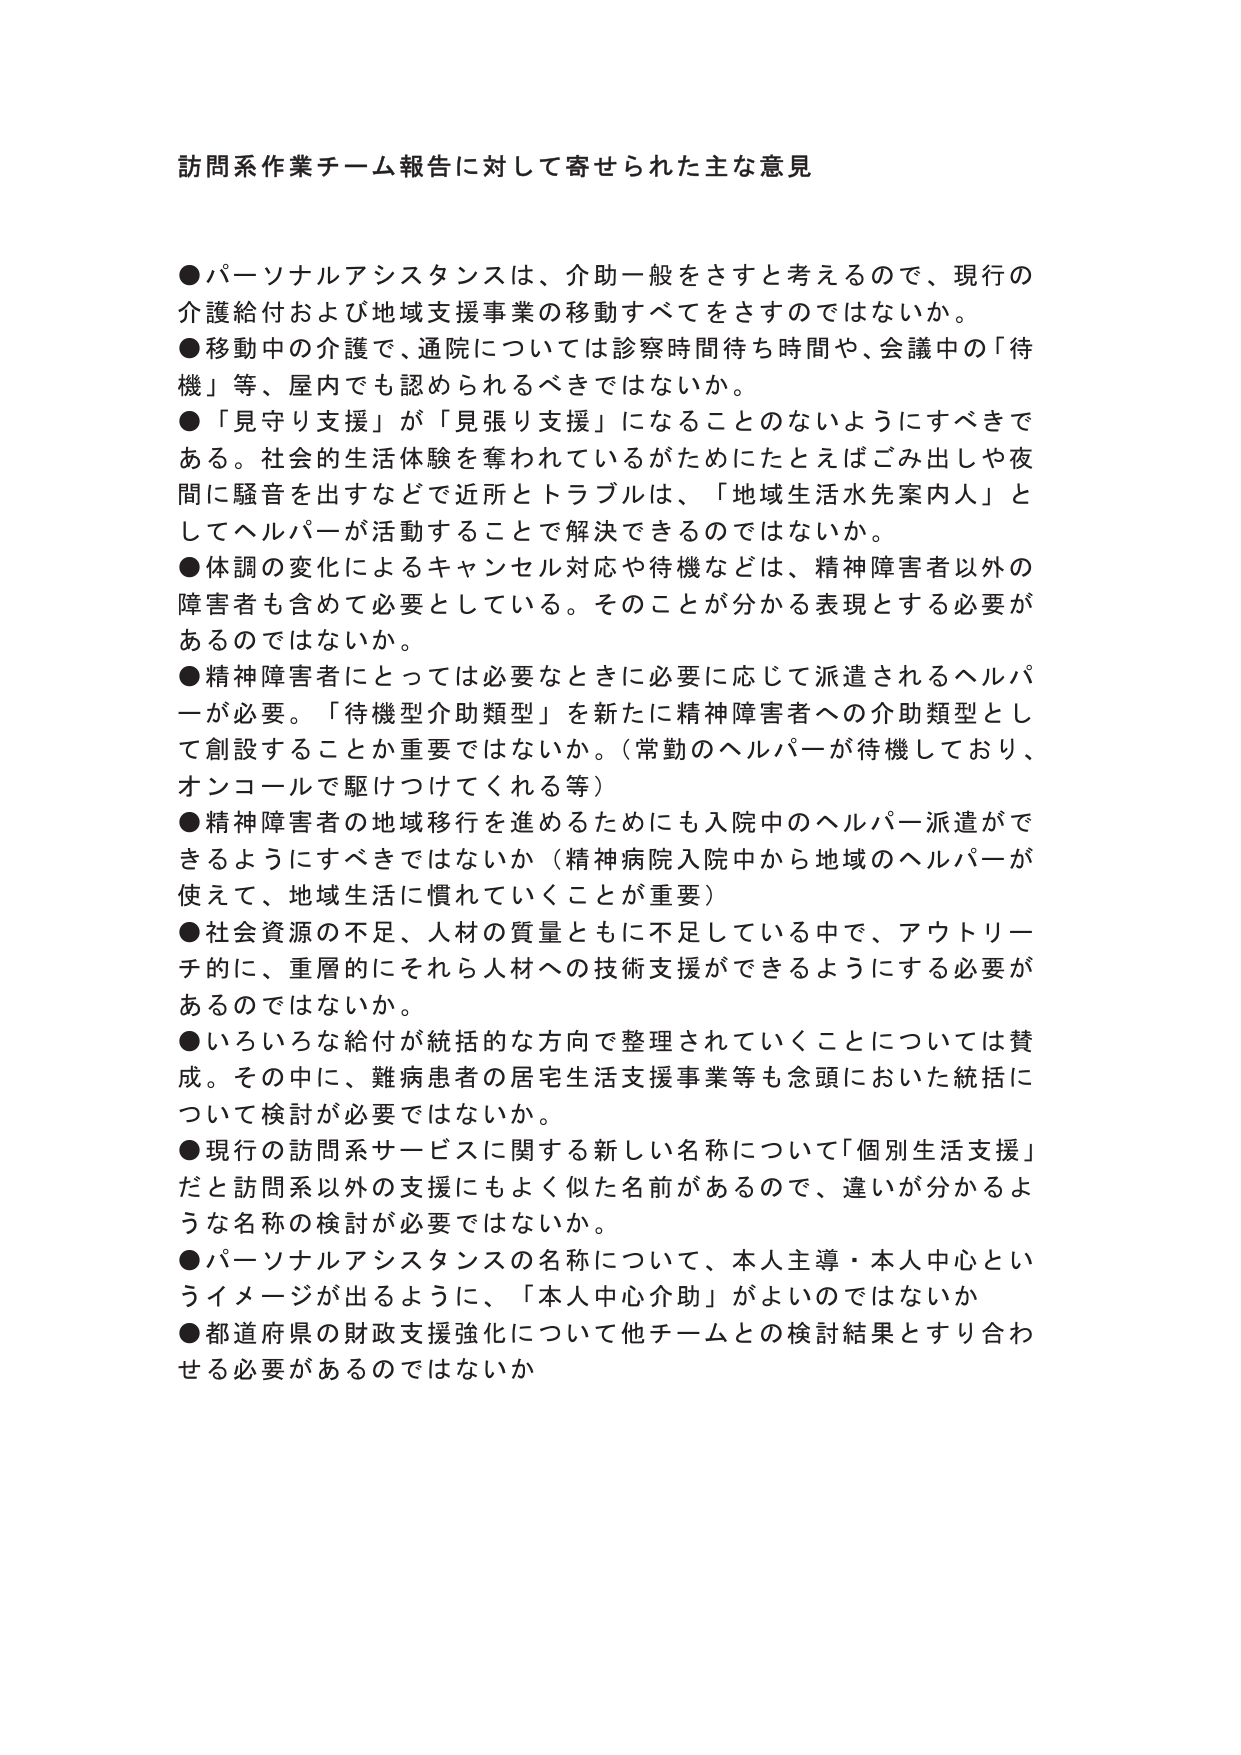
訪問系作業チーム報告に対して寄せられた主な意見

●パーソナルアシスタンスは、介助一般をさすと考えるので、現行の介護給付および地域支援事業の移動すべてをさすのではないか。
●移動中の介護で、通院については診察時間待ち時間や、会議中の「待機」等、屋内でも認められるべきではないか。
●「見守り支援」が「見張り支援」になることのないようにすべきである。社会的生活体験を奪われているがためにたとえばごみ出しや夜間に騒音を出すなどで近所とトラブルは、「地域生活水先案内人」としてヘルパーが活動することで解決できるのではないか。
●体調の変化によるキャンセル対応や待機などは、精神障害者以外の障害者も含めて必要としている。そのことが分かる表現とする必要があるのではないか。
●精神障害者にとっては必要なときに必要に応じて派遣されるヘルパーが必要。「待機型介助類型」を新たに精神障害者への介助類型として創設することか重要ではないか。（常勤のヘルパーが待機しており、オンコールで駆けつけてくれる等）
●精神障害者の地域移行を進めるためにも入院中のヘルパー派遣ができるようにすべきではないか（精神病院入院中から地域のヘルパーが使えて、地域生活に慣れていくことが重要）
●社会資源の不足、人材の質量ともに不足している中で、アウトリーチ的に、重層的にそれら人材への技術支援ができるようにする必要があるのではないか。
●いろいろな給付が統括的な方向で整理されていくことについては賛成。その中に、難病患者の居宅生活支援事業等も念頭においた統括について検討が必要ではないか。
●現行の訪問系サービスに関する新しい名称について「個別生活支援」だと訪問系以外の支援にもよく似た名前があるので、違いが分かるような名称の検討が必要ではないか。
●パーソナルアシスタンスの名称について、本人主導・本人中心というイメージが出るように、「本人中心介助」がよいのではないか
●都道府県の財政支援強化について他チームとの検討結果とすり合わせる必要があるのではないか